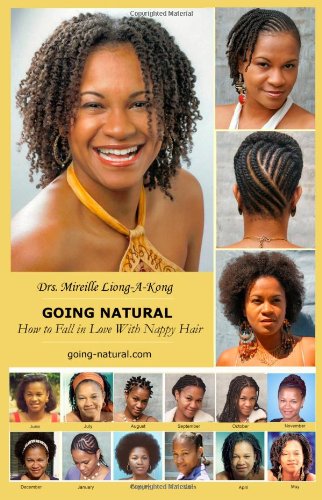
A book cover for Going-Natural: How to Fall in Love with Nappy Hair; Mireille Liong-A-Kong; Health, Fitness & Dieting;